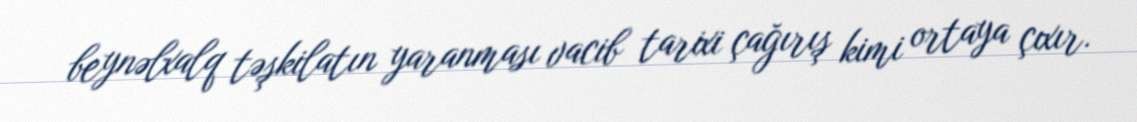
beynəlxalq təşkilatın yaranması vacib tarixi çağırış kimi ortaya çıxır.